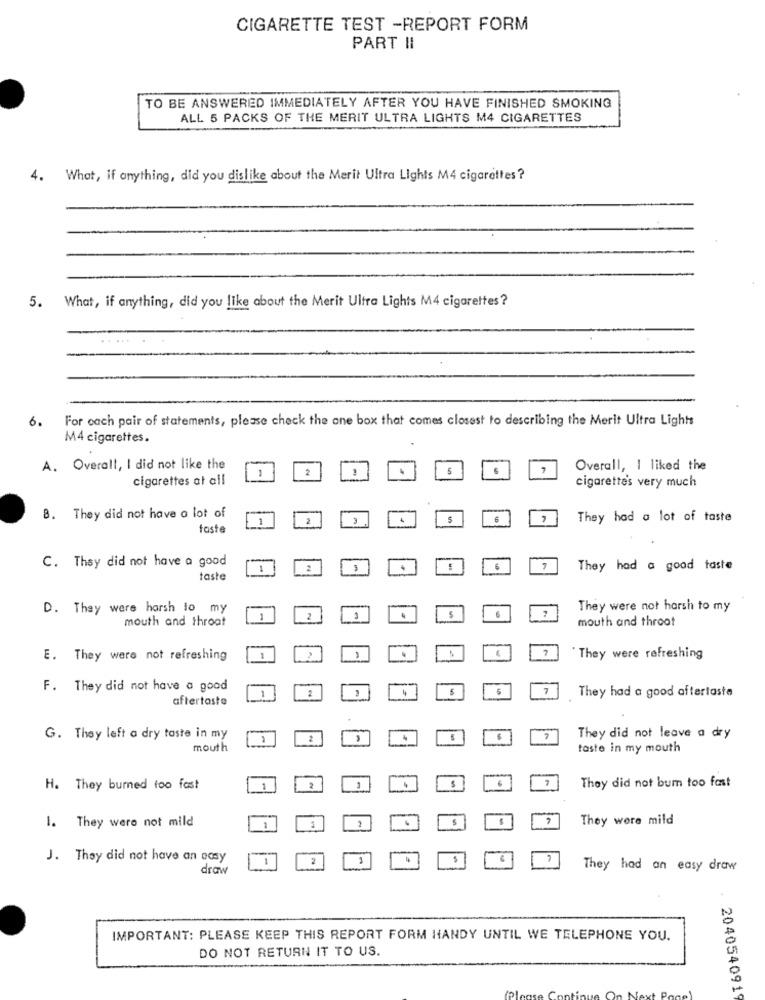
CIGARETTE TEST -REPORT FORM
PART II
TO BE ANSWERED IMMEDIATELY AFTER YOU HAVE FINISHED SMOKING
ALL 5 PACKS OF THE MERIT ULTRA LIGHTS M4 CIGARETTES
4. What, if anything, did you dislike about the Merit Ultra Lights M4 cigarettes ?
5.
like about the Merit Ultra Lights M4 cigarettes ?
What, if anything, did you like
6.
For each pair of statements, please check the one box that comes closest to describing the Merit Ultra Lights
M4 cigarettes.
A. Overall, I did not like the
2
4
7
Overall, I liked the
cigarettes at all
cigarettes very much
8. They did not have a lot of
1
2
5
6
They had a lot of taste
taste
C. They did not have a good
2
6
They had a good taste
taste
D. They were harsh to my
They were not harsh to my
mouth and throat
2
3
-
mouth and throot
7
E. They were not refreshing
`They were refreshing
F. They did not have a good
2
4
5
7
They had a good aftertaste
aftertaste
G. They left a dry taste in my
2
They did not leave a dry
mouth
taste in my mouth
6
They did not bum too fast
H. They burned too fast
1
2
$
They were mild
1. They were not mild
J. They did not have an easy
draw
They had an easy draw
IMPORTANT: PLEASE KEEP THIS REPORT FORM HANDY UNTIL WE TELEPHONE YOU.
DO NOT RETURN IT TO US.
2040540919